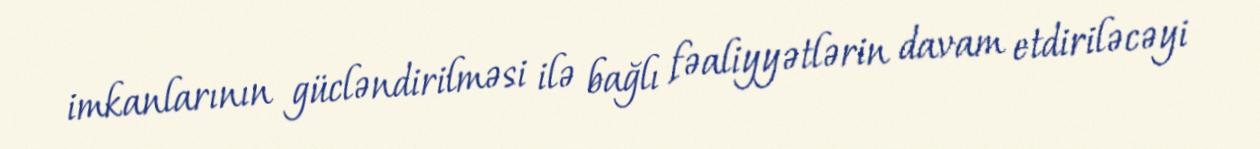
imkanlarının gücləndirilməsi ilə bağlı fəaliyyətlərin davam etdiriləcəyi